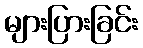
များပြားခြင်း